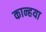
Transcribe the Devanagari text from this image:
कान्हया